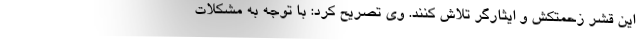
این قشر زحمتکش و ایثارگر تلاش کنند. وی تصریح کرد: با توجه به مشکلات